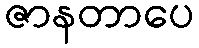
ဇာနတာပေ